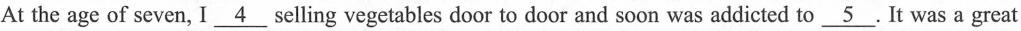
At the age of seven, I \underline{4} selling vegetables door to door and soon was addicted to \underline{5}.Lt was a great